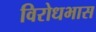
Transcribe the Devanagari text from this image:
विरोधभास